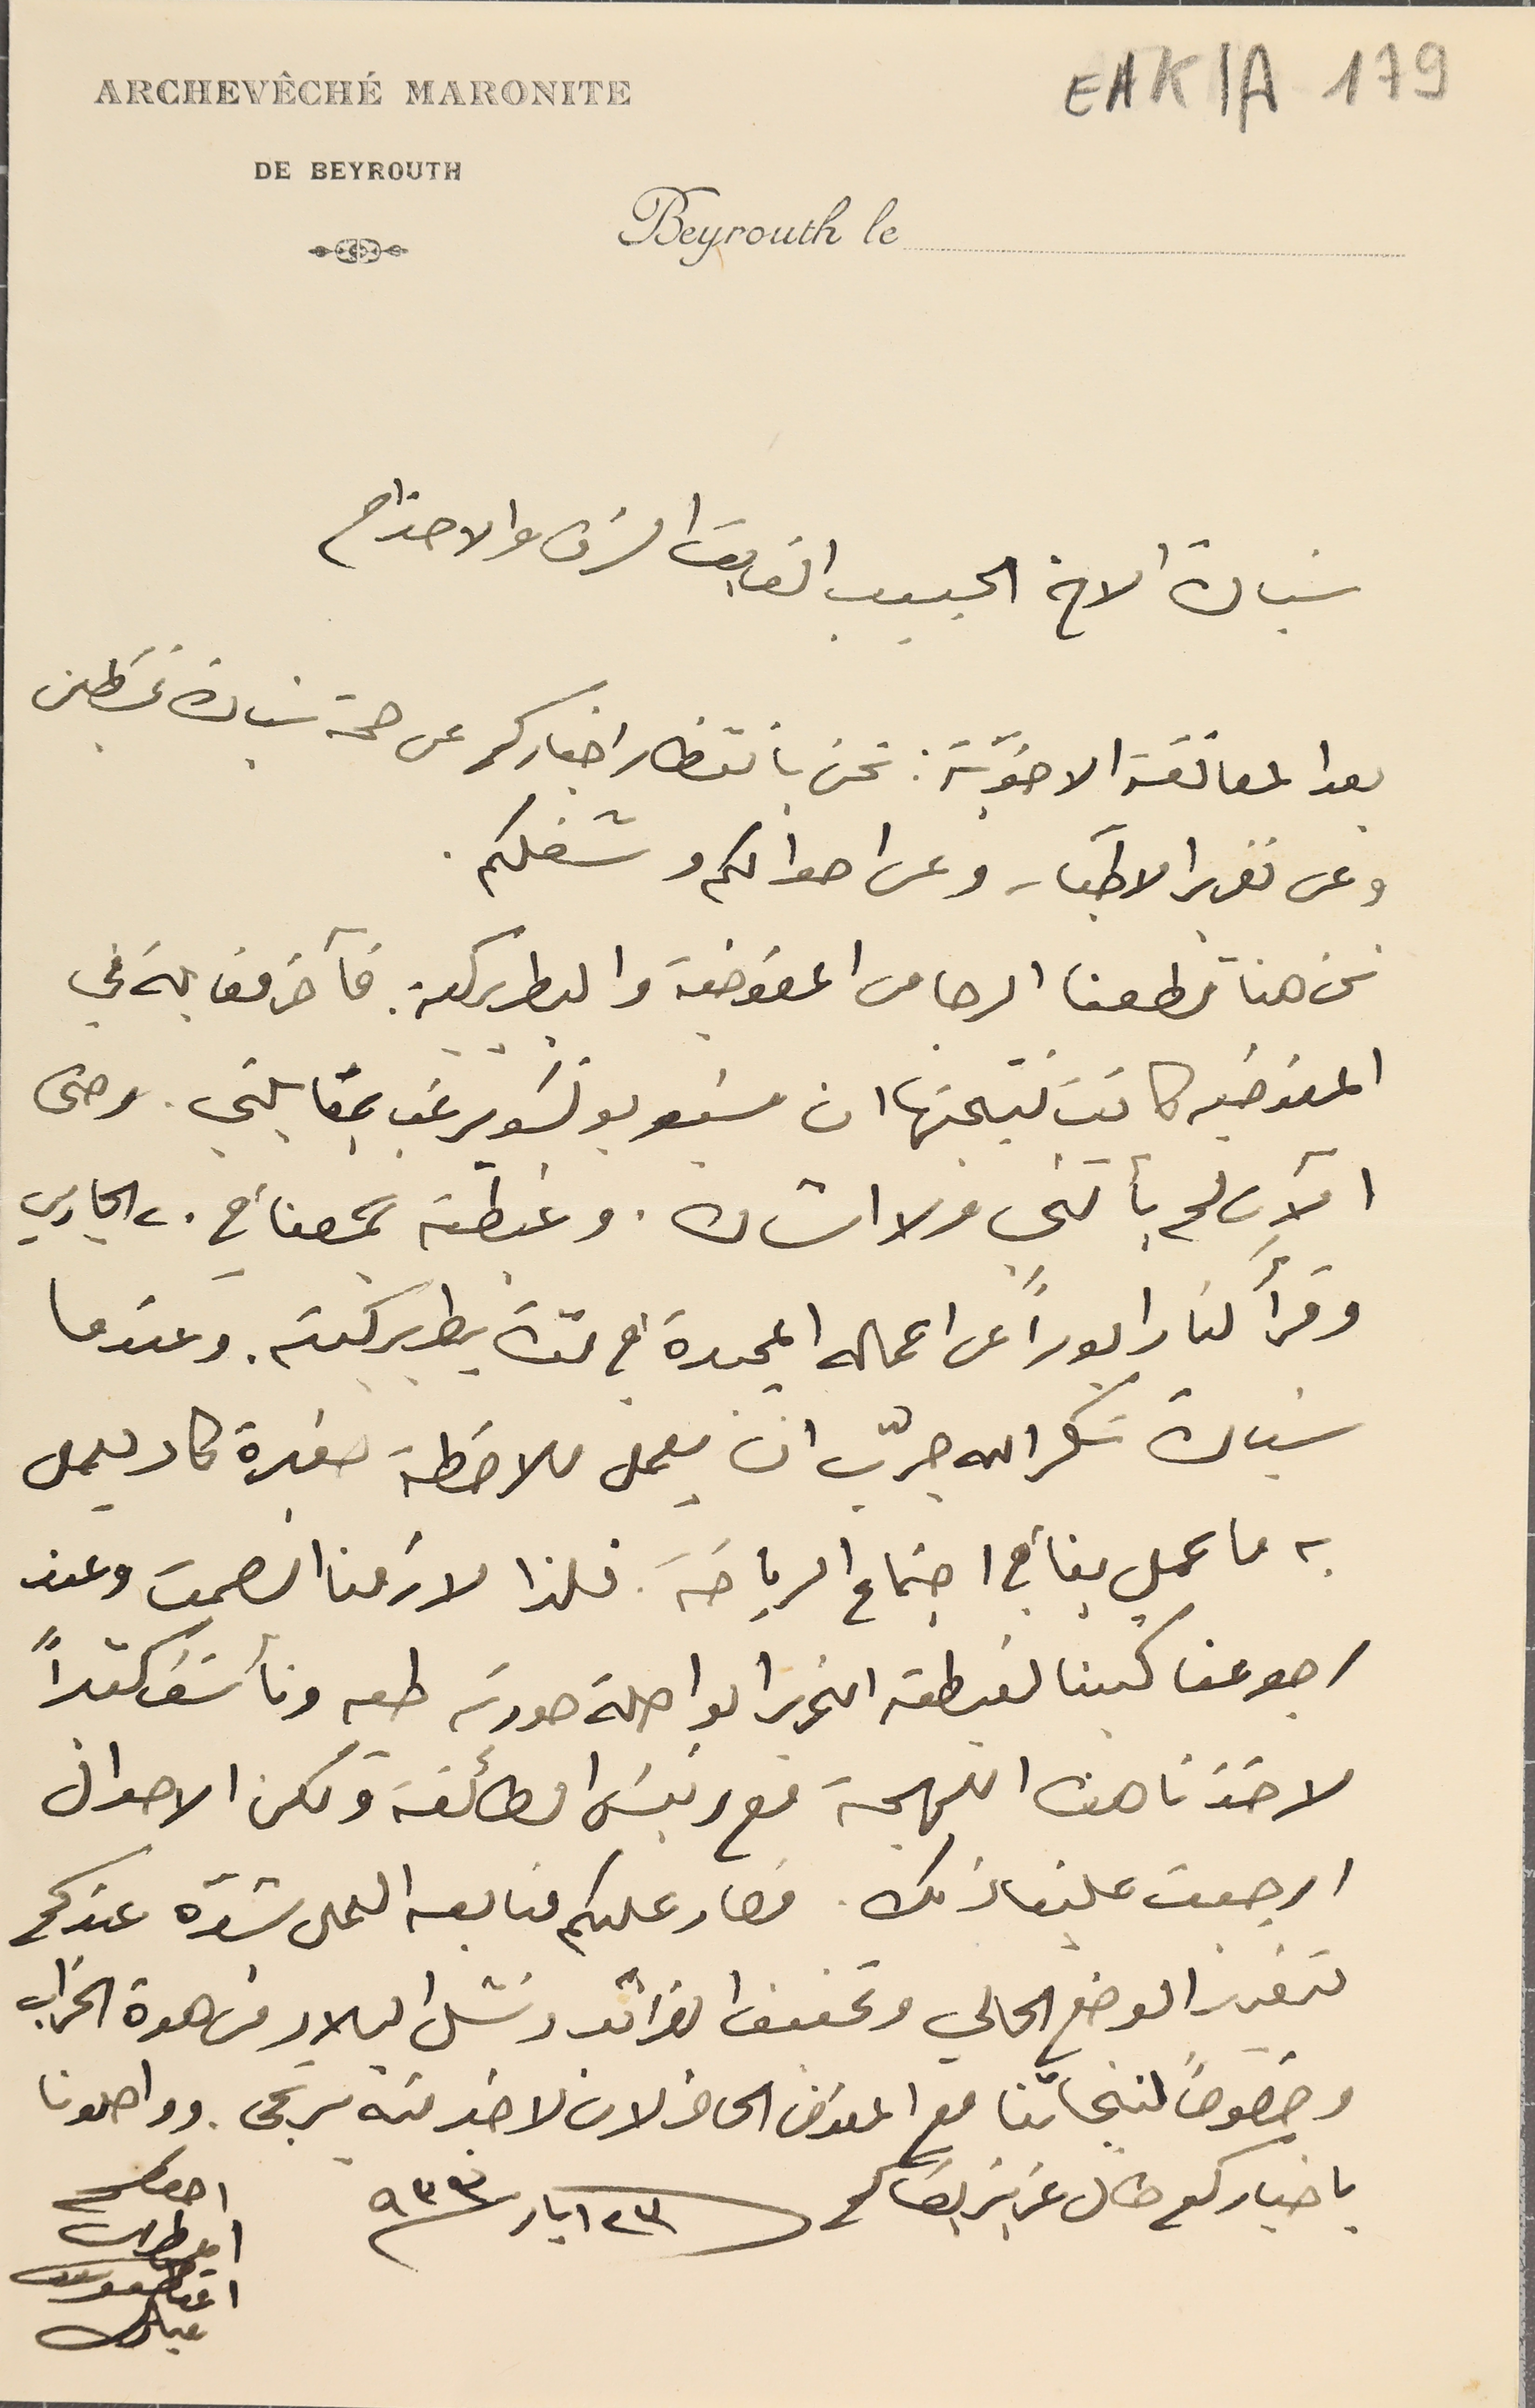
EAK1A - 179
 سَيادة الاخ الحبيب الفايق الشرف والاحترام
بعد المعانقة الاخوية: نحن بانتظار اخباركم عن صحة سَيادة غسَطين
 وعن تقرير الاطباء وعن احوالكم وشغلكم.
نحن هنا قطعنا الرجا من المفوضية والبطريركية فآخر مقابلة في
المفوضيه كانت نتيجتها ان مسَيو بونسَو يرغب بمقابلتي. وحتى
 الآن لم يأتني ولا اشار. وغبطته جمعنا في ٢٠ الجاري
وقرأ لنا رابوراً عن اعماله المجيدة في مدة بطريركيته. وعندما
سَيادة شكرالله جرب ان يعمل ملاحظة صغيرة كاد يعمل
به ما عمل بنا في اجتماع الرياصَة فلذا لازمنا الصمت وعند
رجوعنا كتبنا لغبطته التحريرا الواصلة صورته طيه ونأسَف كثىراً
لاخذنا هذه اللهجة مع رئيسَ الطائفة ولكن الاحوال
ارجعت علينا ذلك. فصار عليكم متابعه العمل بشدّه عندكم
لتعزيز الوضع الحالي وتحفيف الضرائب ونشل البلاد من هوة الخراب
وخصوصاً لنجاتنا مع المفوض الحاضر لان لا خير منه يرتجى. وواصلونا
باخباركم طال عزيز بقاكم  ٢٣ ايار  ٩٣٣
احوكم
المطران
اغناطيوس
مبارك
ARCHEVÊCHÉ MARONITE
DE BEYROUTH
Beyrouth le